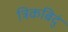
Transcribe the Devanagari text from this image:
त्रिकबिदुं